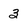
Character: 3